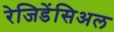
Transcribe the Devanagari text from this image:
रेजिडेंसिअल